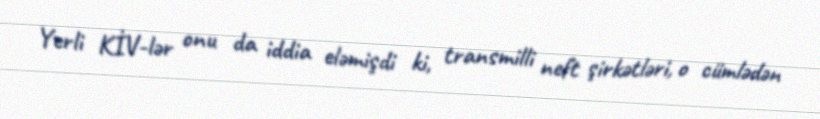
Yerli KİV-lər onu da iddia eləmişdi ki, transmilli neft şirkətləri, o cümlədən